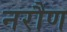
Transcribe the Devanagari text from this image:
नरौण